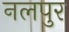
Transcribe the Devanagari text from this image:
नलपुर